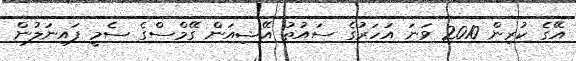
އޭގެ ކުރިން 2010 ވަނަ އަހަރުގެ ސައުތު އޭޝިއަން ގޭމްސްގެ ސެމީ ފައިނަލުން